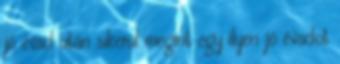
jó évad után sikerül megint egy ilyen jó évadot